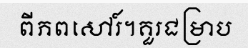
ពីភពសៅរ៍។គួរជម្រាប